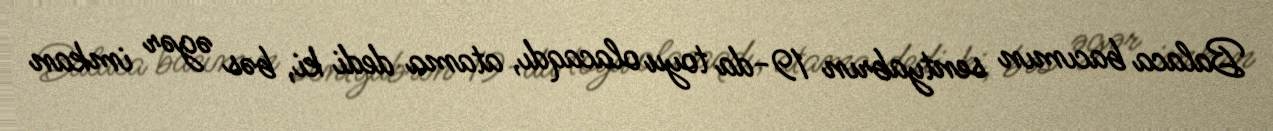
Balaca bacımın sentyabrın 19-da toyu olacaqdı, atama dedi ki, bəs əgər imkan